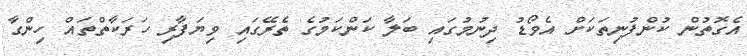
އެގޮތުން ކުންފުނިތަކަށް އެވޯޑު ދިނުމުގައި ބަލާ ކަންކަމުގެ ތެރޭގައި ވިޔަފާރި ހަރަކާތްތައް ހިންގާ